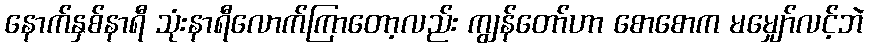
နောက်နှစ်နာရီ သုံးနာရီလောက်ကြာတော့လည်း ကျွန်တော်ဟာ စောစောက မမျှော်လင့်ဘဲ